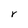
Character: r